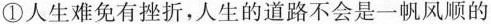
①人生难免有挫折，人生的道路不会是一帆风顺的